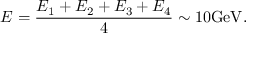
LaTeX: E = \frac { E _ { 1 } + E _ { 2 } + E _ { 3 } + E _ { 4 } } { 4 } \sim 1 0 \mathrm { G e V } .